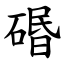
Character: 䃉